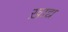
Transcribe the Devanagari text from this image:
ख़ाद्य